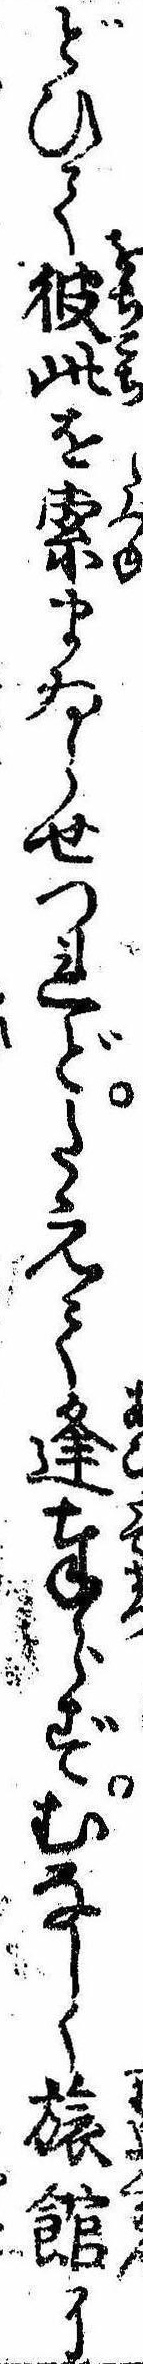
どひて彼此を索まゐらせつれどたえて逢奉らずむなしく旅館に